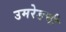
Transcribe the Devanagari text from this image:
उमरेडची